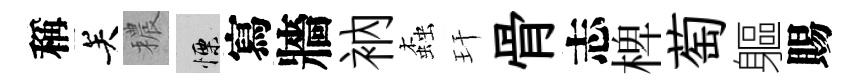
稱关穠慄寫牆衲螙玕骨志椑萄軀賜